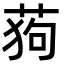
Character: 𮏛